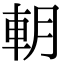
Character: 𨊸